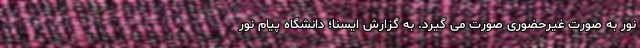
نور به صورت غیرحضوری صورت می گیرد. به گزارش ایسنا؛ دانشگاه پیام نور